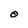
Character: O